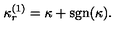
\kappa _ { r } ^ { ( 1 ) } = \kappa + \mathrm { s g n } ( \kappa ) .